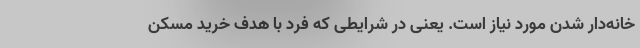
خانه‌دار شدن مورد نیاز است. یعنی در شرایطی که فرد با هدف خرید مسکن